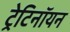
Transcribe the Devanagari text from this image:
ट्रेटिनॉयन